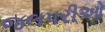
જલપરીઓ